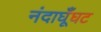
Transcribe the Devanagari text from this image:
नंदाघूँघट